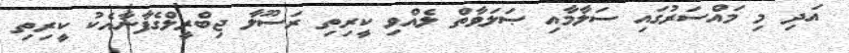
އަދި މި މައްސަރުގައި ސަލާމާއި ޞަލަވާތް ލެއްވި ކީރިތި ރަސޫލާ ޖިބްރީލްގެފާނާއެކު ކީރިތި